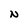
Character: N